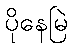
ပိုနေမြဲ